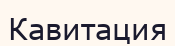
Кавитация